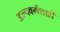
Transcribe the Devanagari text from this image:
अल्पवर्गशाही